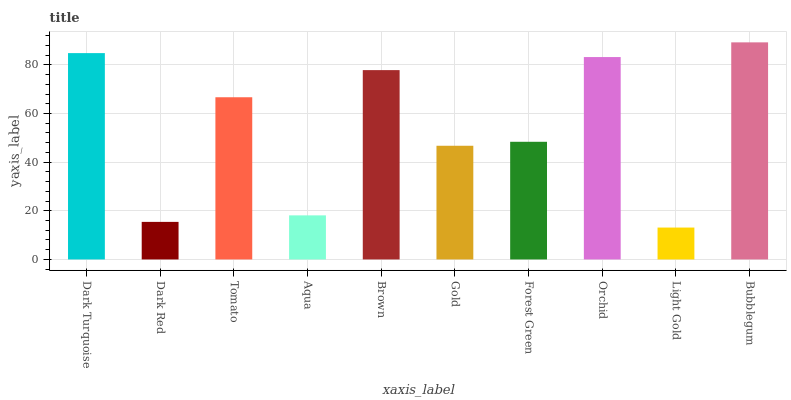
| xaxis_label | bars |
 | --- | --- |
 | Dark Turquoise | 84.8 |
 | Dark Red | 15.4 |
 | Tomato | 66.7 |
 | Aqua | 18.1 |
 | Brown | 77.8 |
 | Gold | 46.7 |
 | Forest Green | 48.4 |
 | Orchid | 83.2 |
 | Light Gold | 13.1 |
 | Bubblegum | 89.3 |